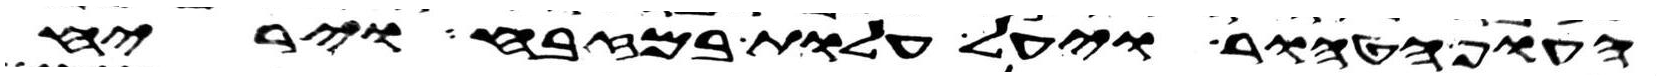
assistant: העוף הטהור ויעל עלות במזבח וירח